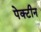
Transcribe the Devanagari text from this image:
पेक्टीन